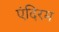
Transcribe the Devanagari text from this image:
एंदिरम